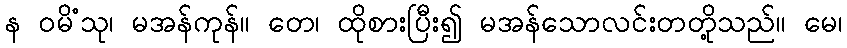
န ဝမိံသု၊ မအန်ကုန်။ တေ၊ ထိုစားပြီး၍ မအန်သောလင်းတတို့သည်။ မေ၊